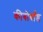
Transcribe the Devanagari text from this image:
कीबोर्बांड